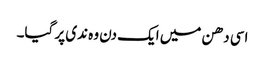
اسی دھن میں ایک دن وہ ندی پر گیا۔